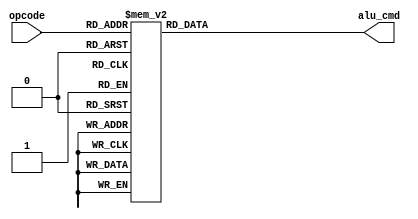
// Spring 2017, Computer Architecture

module alu_cmd_handler(opcode, alu_cmd);
	input [3:0] opcode;
	output reg[3:0] alu_cmd;
	always @(*)begin
		case(opcode)
			4'b0000: alu_cmd = 4'b0000;
			4'b0001: alu_cmd = 4'b0000;
			4'b0010: alu_cmd = 4'b0001;
			4'b0011: alu_cmd = 4'b0010;
			4'b0100: alu_cmd = 4'b0011;
			4'b0101: alu_cmd = 4'b0100;
			4'b0110: alu_cmd = 4'b0101;
			4'b0111: alu_cmd = 4'b0110;
			4'b1000: alu_cmd = 4'b0111;
			4'b1001: alu_cmd = 4'b0000;
			4'b1010: alu_cmd = 4'b0000;
			4'b1011: alu_cmd = 4'b0000;
			4'b1100: alu_cmd = 4'b0000;
			4'b1101: alu_cmd = 4'b1000;
			default:alu_cmd = 4'b0000;
		endcase
	end
endmodule